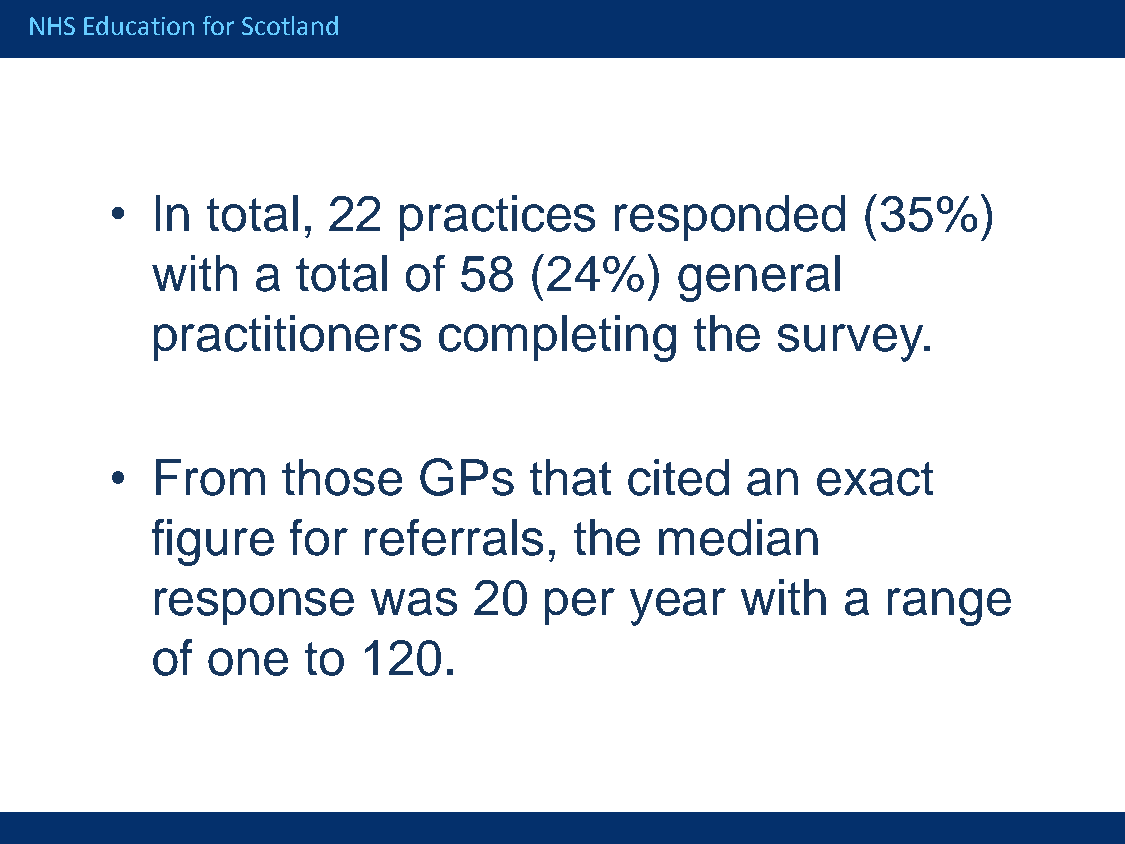
NHS Education for Scotland
 •  In  total,  22  practices      responded       (35%)
 with   a  total  of 58   (24%)     general
 practitioners      completing       the  survey.
 •  From     those    GPs    that  cited   an   exact
 figure   for  referrals,    the  median
 response       was   20   per   year   with   a  range
 of  one   to  120.